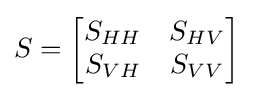
S={\begin{bmatrix}S_{HH}&S_{HV}\\S_{VH}&S_{VV}\end{bmatrix}}